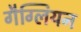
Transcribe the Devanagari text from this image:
गैग्लियन